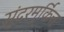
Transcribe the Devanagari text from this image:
सुंदरमुर्कित्त